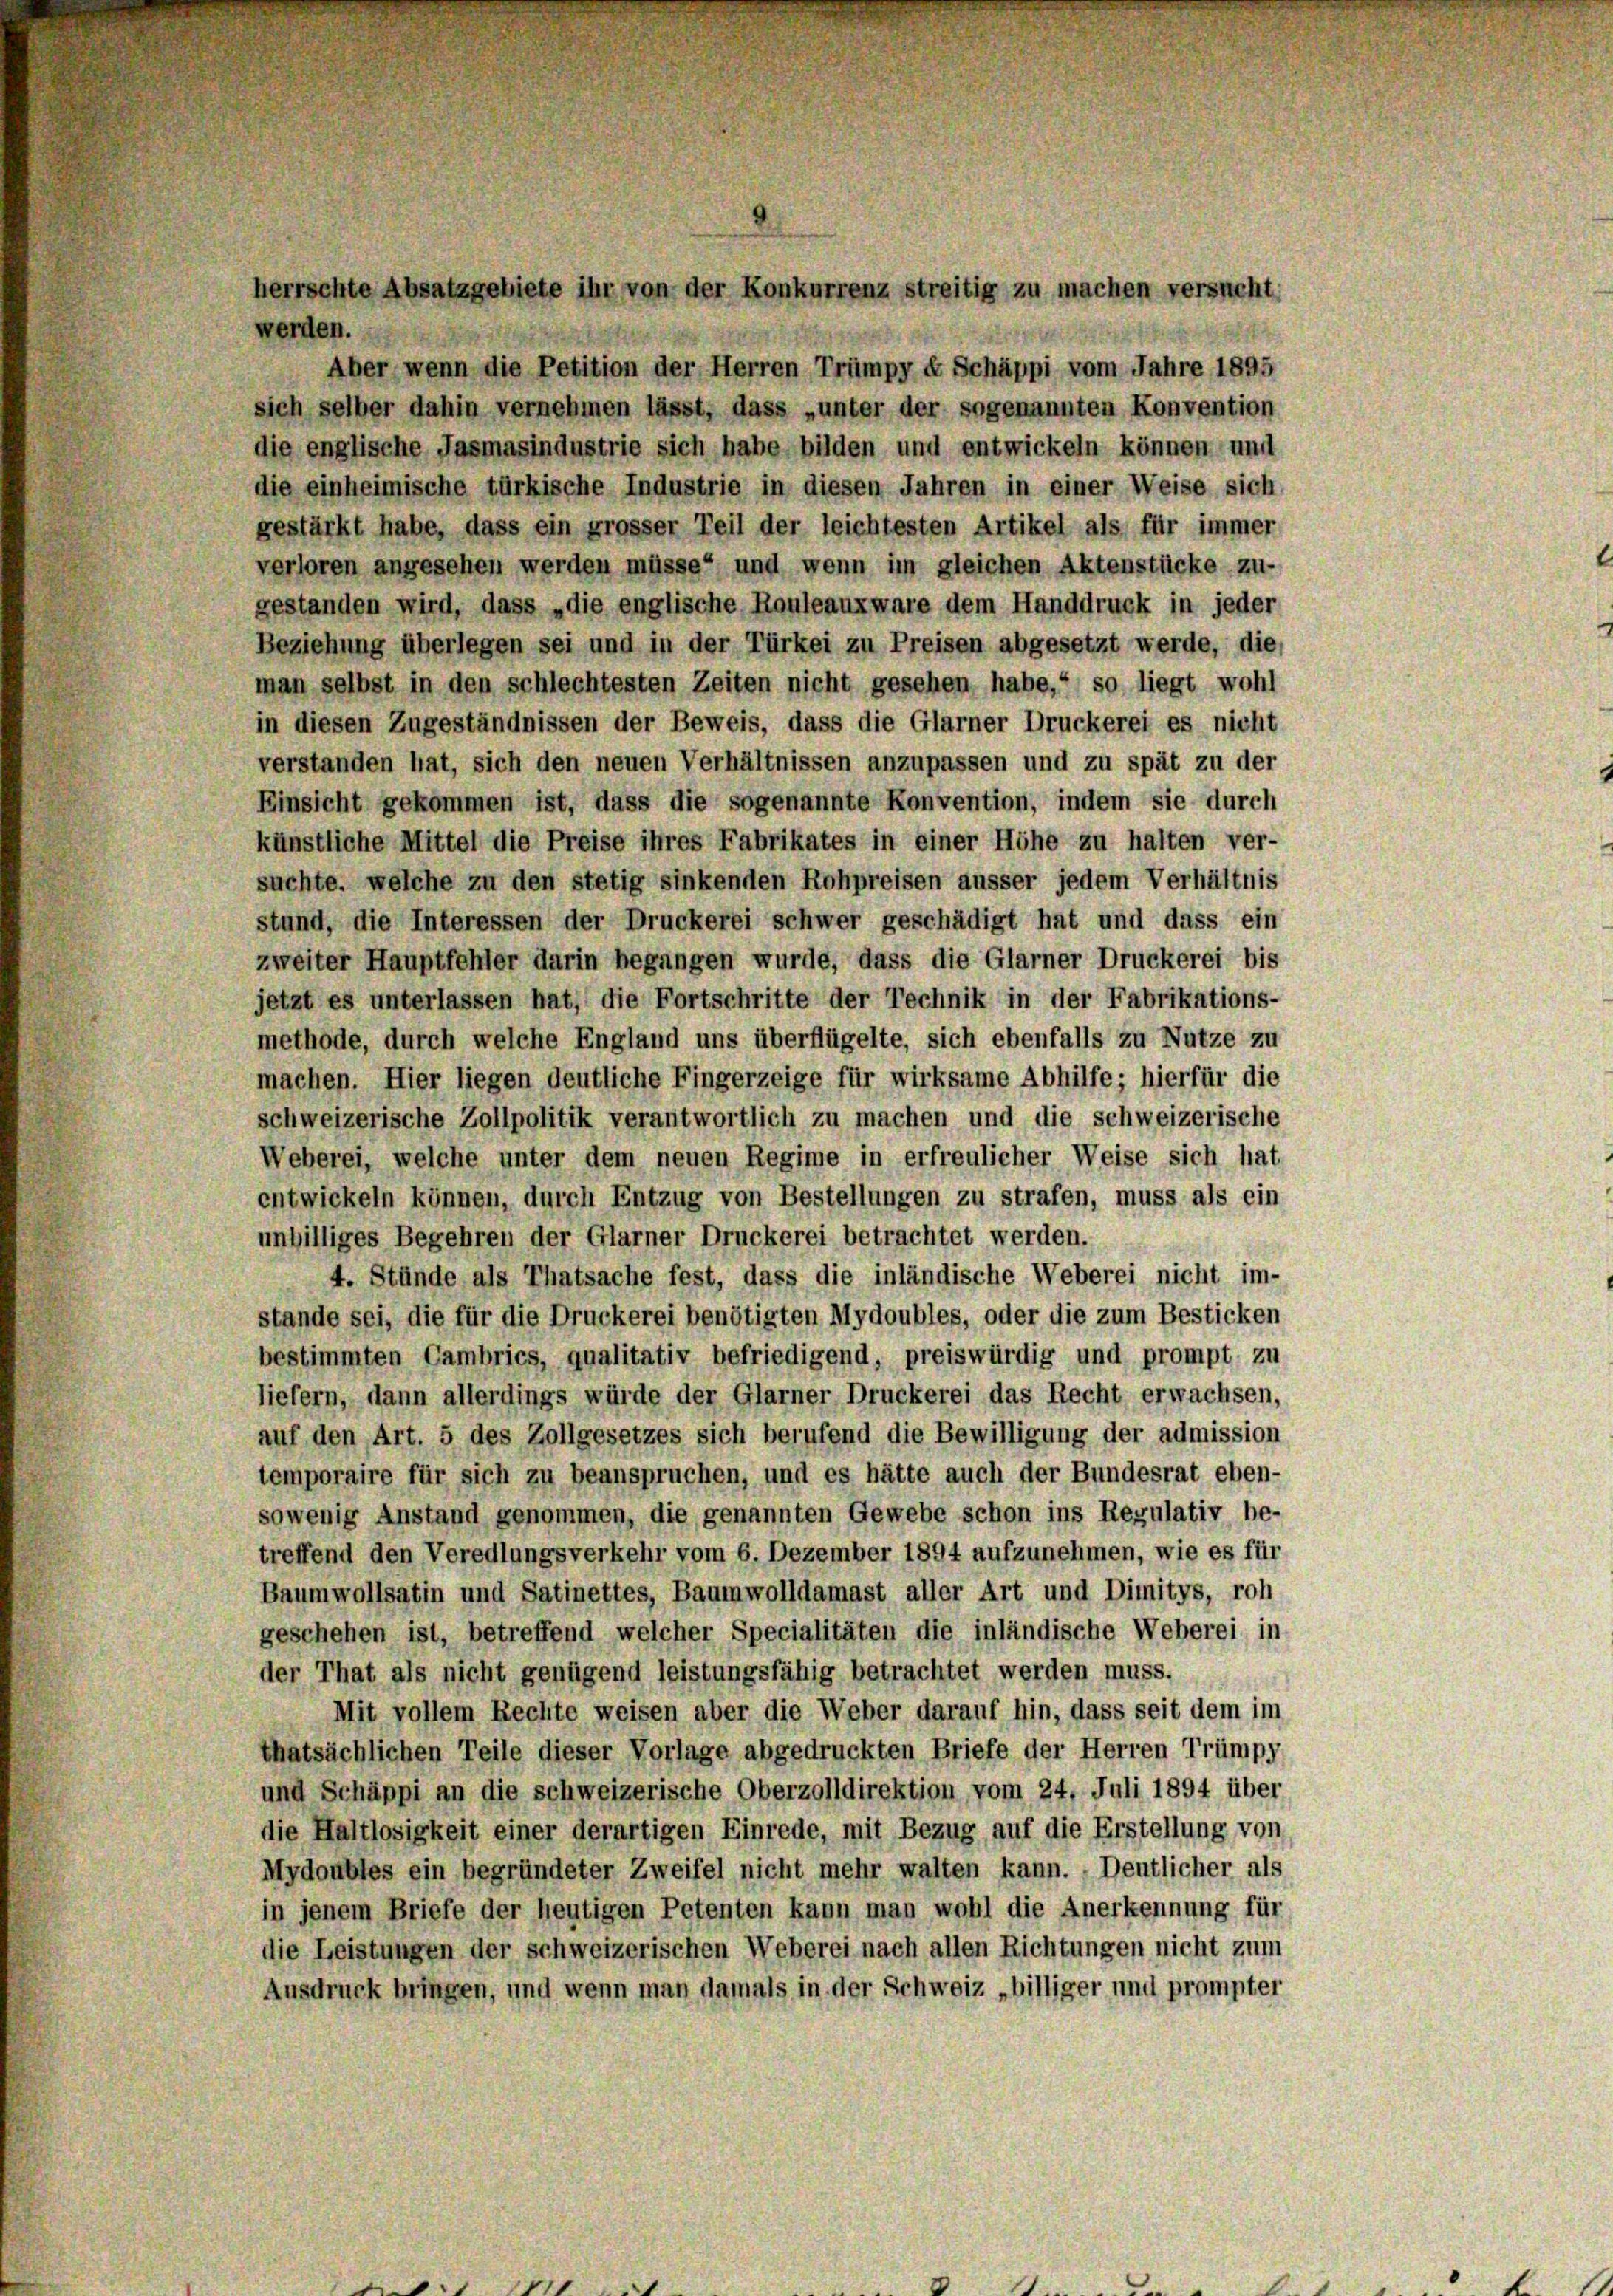
herrschte Absatzgebiete ihr von der Konkurrenz streitig zu machen versucht.

werden.
Aber wenn die Petition der Herren Trümpy - Schäppi vom Jahre 1895
sich selber dahin vernehmen lässt, dass „unter der sogenannten Konvention
die englische Jasmasindustrie sich habe bilden und entwickeln können und
die einheimische türkische Industrie in diesen Jahren in einer Weise sich
gestärkt habe, dass ein grosser Teil der leichtesten Artikel als für immer
verloren angesehen werden müsse“ und wenn im gleichen Aktenstücke zu-
gestanden wird, dass „die englische Rouleaux ware dem Handdruck in jeder
Beziehung überlegen sei und in der Türkei zu Preisen abgesetzt werde, die,
man selbst in den schlechtesten Zeiten nicht gesehen habe,“ so liegt wohl
in diesen Zugeständnissen der Beweis, dass die Glarner Druckerei es nicht
verstanden hat, sich den neuen Verhältnissen anzupassen und zu spät zu der
Einsicht gekommen ist, dass die sogenannte Konvention, indem sie durch
künstliche Mittel die Preise ihres Fabrikates in einer Höhe zu halten ver-
suchte, welche zu den stetig sinkenden Rohpreisen äusser jedem Verhältnis
stund, die Interessen der Druckerei schwer geschädigt hat und dass ein
zweiter Hauptfehler darin begangen wurde, dass die Glarner Druckerei bis
jetzt es unterlassen hat, die Fortschritte der Technik in der Fabrikations-
methode, durch welche England uns überflügelte, sich ebenfalls zu Nutze zu
machen. Hier liegen deutliche Fingerzeige für wirksame Abhilfe; hierfür die
schweizerische Zollpolitik verantwortlich zu machen und die schweizerische
Weberei, welche unter dem neuen Regime in erfreulicher Weise sich hat
entwickeln können, durch Entzug von Bestellungen zu strafen, muss als ein
unbilliges Begehren der Glarner Druckerei betrachtet werden.
4. Stünde als Thatsache fest, dass die inländische Weberei nicht im-
stande sei, die für die Druckerei benötigten Mydoubles, oder die zum Besticken
bestimmten Cambrics, qualitativ befriedigend, preiswürdig und prompt zu
liefern, dann allerdings würde der Glarner Druckerei das Recht erwachsen,
auf den Art. 5 des Zollgesetzes sich berufend die Bewilligung der admission
temporaire für sich zu beanspruchen, und es hätte auch der Bundesrat eben-
sowenig Anstand genommen, die genannten Gewebe schon ins Regulativ be-
treffend den Veredlungsverkehr vom 6. Dezember 1894 aufzunehmen, wie es für
Baumwollsatin und Satinettes, Baumwolldamast aller Art und Dimitys, roh
geschehen ist, betreffend welcher Specialitäten die inländische Weberei in
der That als nicht genügend leistungsfähig betrachtet werden muss.
Mit vollem Rechte weisen aber die Weber darauf hin, dass seit dem im
thatsächlichen Teile dieser Vorlage abgedruckten Briefe der Herren Trümpy
und Schäppi an die schweizerische Oberzolldirektion vom 24. Juli 1894 über
die Haltlosigkeit einer derartigen Einrede, mit Bezug auf die Erstellung von
Mydoubles ein begründeter Zweifel nicht mehr walten kann. - Deutlicher als
in jenem Briefe der heutigen Petenten kann man wohl die Anerkennung für
die Leistungen der schweizerischen Weberei nach allen Richtungen nicht zum
Ausdruck bringen, und wenn man damals in der Schweiz „billiger und prompter